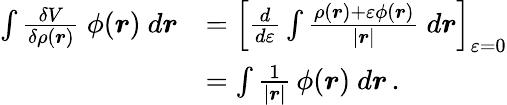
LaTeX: {\begin{array}{rl}{\int{\frac{\delta V}{\delta\rho({\boldsymbol{r}})}}\ \phi({\boldsymbol{r}})\ d{\boldsymbol{r}}}&{=\left[{\frac{d}{d\varepsilon}}\int{\frac{\rho({\boldsymbol{r}})+\varepsilon\phi({\boldsymbol{r}})}{|{\boldsymbol{r}}|}}\ d{\boldsymbol{r}}\right]_{\varepsilon=0}}\\ &{=\int{\frac{1}{|{\boldsymbol{r}}|}}\, \phi({\boldsymbol{r}})\ d{\boldsymbol{r}}\, .}\end{array}}